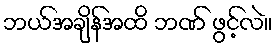
ဘယ်အချိန်အထိ ဘဏ် ဖွင့်လဲ။